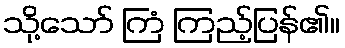
သို့သော် ကြံ ကြည့်ပြန်၏။